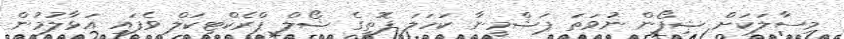
މިސާލަކަށް ޝިފޯން ނުވަތަ ޕަޝްމީނާ ކަހަލަ ފޮތީގެ ޝޯލް ޕްރެކްޓިކަލް ވެފައި އަޅާލުމުން